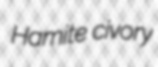
Hamite civory